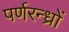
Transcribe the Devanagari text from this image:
पर्णरन्ध्रों